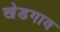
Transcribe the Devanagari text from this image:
खेडगाव